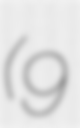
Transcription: (9